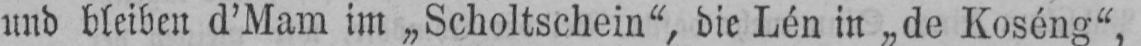
und bleiben d’Mam im „Scholtschein“, die Lén in „de Koséng“,